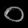
Digit: ၀